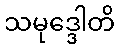
သမုဒ္ဒေါတိ